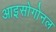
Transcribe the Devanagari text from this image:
आइसोगोनल